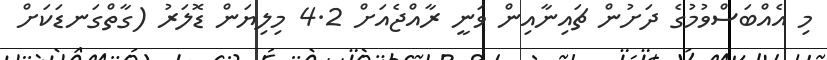
މި އެއްބަސްވުމުގެ ދަށުން ޗައިނާއިން ވަނީ ރާއްޖެއަށް 4.2 މިލިޔަން ޑޮލަރު (ގާތްގަނޑަކަށް